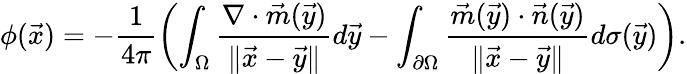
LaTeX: \phi(\vec{x})=-\frac{1}{4\pi}\left(\int_{\Omega}\frac{\nabla\cdot\vec{m}(\vec{y})}{\| \vec{x}-\vec{y}\| }d\vec{y}-\int_{\partial\Omega}\frac{\vec{m}(\vec{y})\cdot\vec{n}(\vec{y})}{\| \vec{x}-\vec{y}\| }d\sigma(\vec{y})\right).